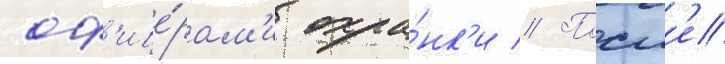
оф'ице́рам'и охра́нк'и // Посл'е